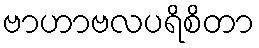
ဗာဟာဗလပရိစိတာ